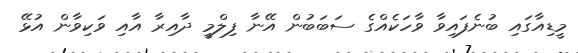
މީޑިއާގައި ބުނެފައިވާ ވާހަކެއްގެ ސަބަބުން އޭނާ ފިލްމީ ދާއިރާ އާއި ވަކިވާން އުޅޭ